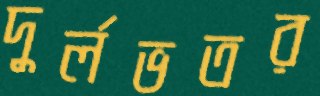
দুর্লভতর